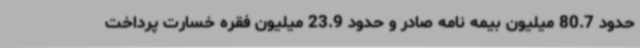
حدود 80.7 میلیون بیمه نامه صادر و حدود 23.9 میلیون فقره خسارت پرداخت